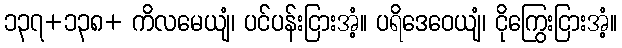
၁၃၇+၁၃၈+ ကိလမေယျံ၊ ပင်ပန်းငြားအံ့။ ပရိဒေဝေယျံ၊ ငိုကြွေးငြားအံ့။